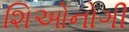
શિઓનોગી